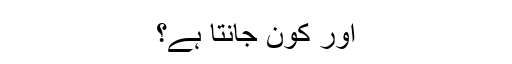
اور کون جانتا ہے؟